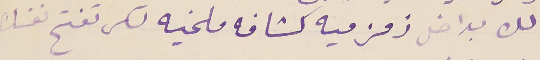
لك بداخل زمزميه كشافه ملخيه لكى تفتح نفسك